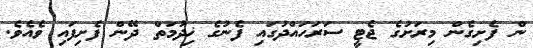
ން ފެށިގެން މިރަށުގެ ޖެޓީ ސަރަހައްދުގައި ފެނުގެ ޚިދުމަތް ދޭން ފެށިފައި ވެއެވެ.